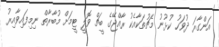
އަންގާރަ ދުވަހު ކުޅުނު މެޗުތަކާއެކު ރާއްޖޭގެ ބީޗް ވޮލީ ޓީމަށް މުބާރާތް ނިމިފައިވާއިރު